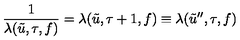
\frac { 1 } { \lambda ( \tilde { u } , \tau , f ) } = \lambda ( \tilde { u } , \tau + 1 , f ) \equiv \lambda ( \tilde { u } ^ { \prime \prime } , \tau , f )